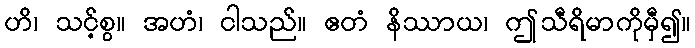
ဟိ၊ သင့်စွ။ အဟံ၊ ငါသည်။ ဧတံ နိဿာယ၊ ဤသီရိမာကိုမှီ၍။